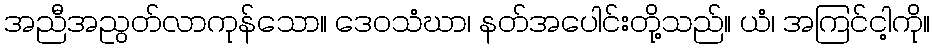
အညီအညွတ်လာကုန်သော။ ဒေဝသံဃာ၊ နတ်အပေါင်းတို့သည်။ ယံ၊ အကြင်ငါ့ကို။